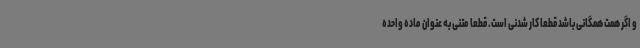
و اگر همت همگانی باشد قطعا کار شدنی است. قطعا متنی به عنوان ماده واحده